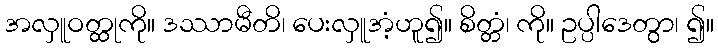
အလှူဝတ္ထုကို။ ဒဿာမီတိ၊ ပေးလှူအံ့ဟူ၍။ စိတ္တံ၊ ကို။ ဥပ္ပါဒေတွာ၊ ၍။